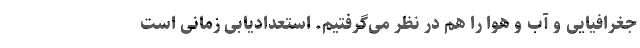
جغرافیایی و آب و هوا را هم در نظر می‌گرفتیم. استعدادیابی زمانی است